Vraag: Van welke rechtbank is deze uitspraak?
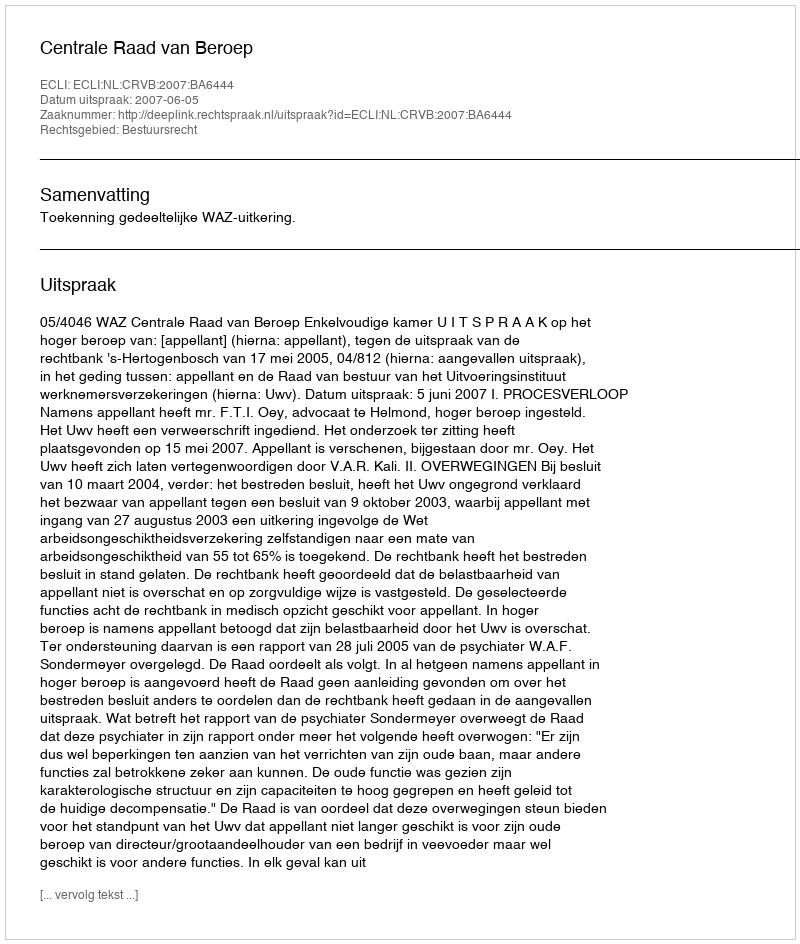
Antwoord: Centrale Raad van Beroep